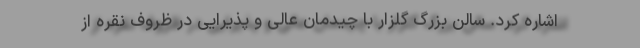
اشاره کرد. سالن بزرگ گلزار با چیدمان عالی و پذیرایی در ظروف نقره از